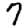
Digit: 7